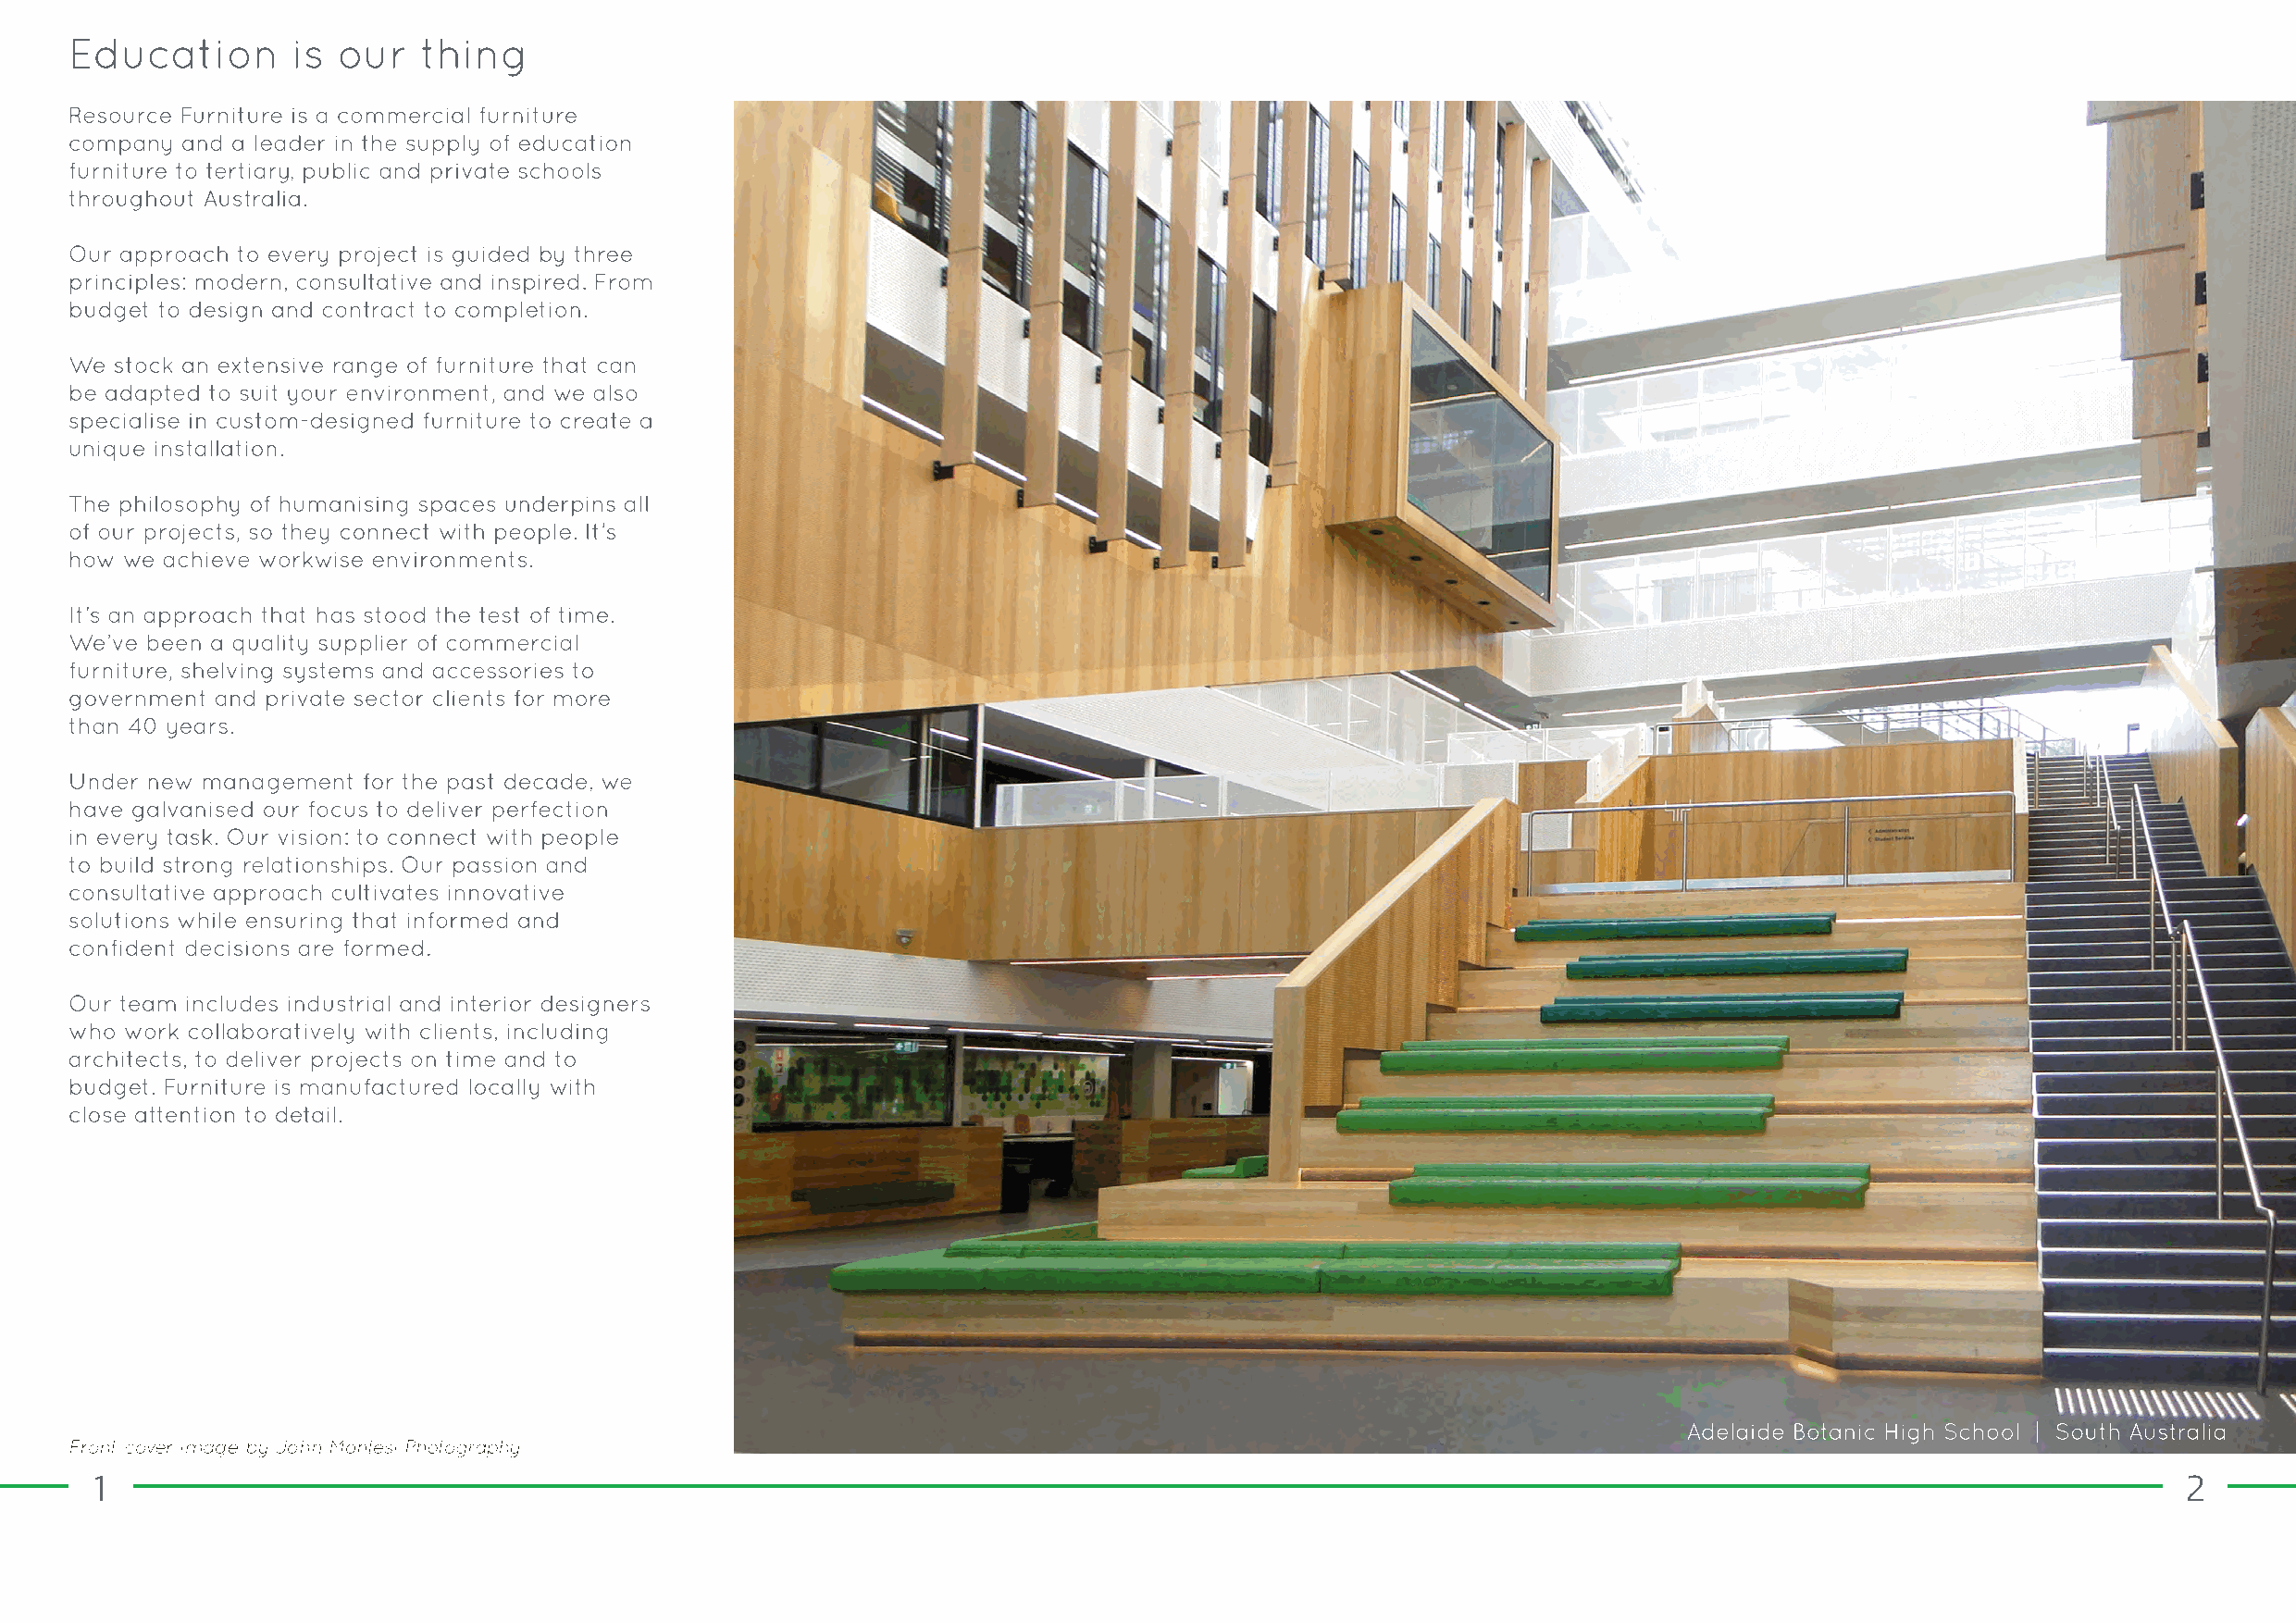
1                                                                                                                                                    2